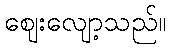
ဈေးလျော့သည်။